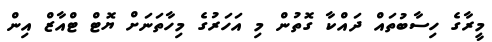
މީރާގެ ހިސާބުތައް ދައްކާ ގޮތުން މި އަހަރުގެ މިހާތަނަށް ޔޮޓް ޓްއާޒް އިން